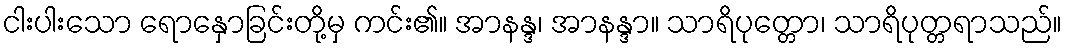
ငါးပါးသော ရောနှောခြင်းတို့မှ ကင်း၏။ အာနန္ဒ၊ အာနန္ဒာ။ သာရိပုတ္တော၊ သာရိပုတ္တရာသည်။